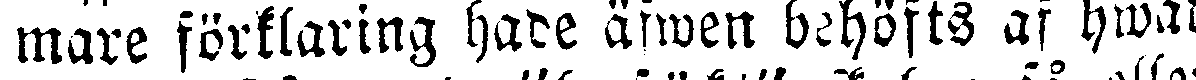
mare förklaring hade äfwen behöfts af hwad